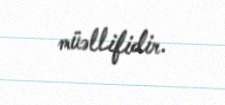
müəllifidir.